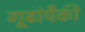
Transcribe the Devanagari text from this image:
गूढांपैकी